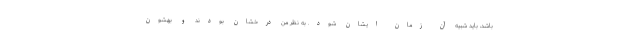
باشد، باید شبیه آن زمان ایشان شود. به نظر من درخشان بودند و بهشون